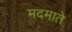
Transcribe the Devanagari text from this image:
मदमाते